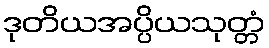
ဒုတိယအပ္ပိယသုတ္တံ